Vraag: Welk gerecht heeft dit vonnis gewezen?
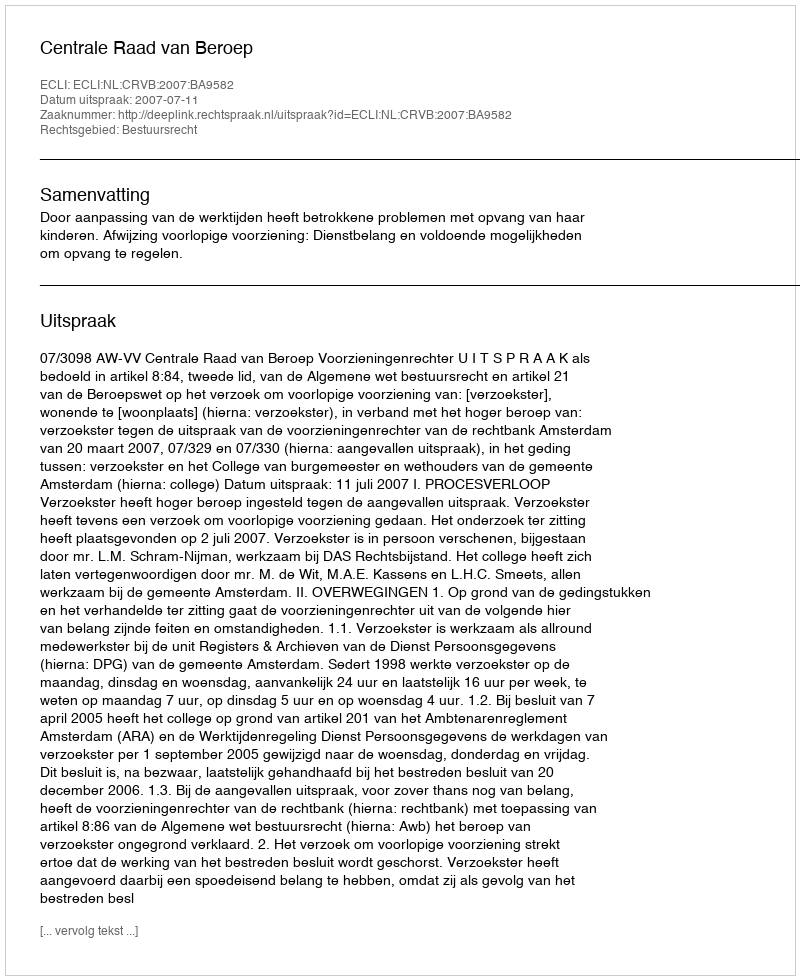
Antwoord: Centrale Raad van Beroep